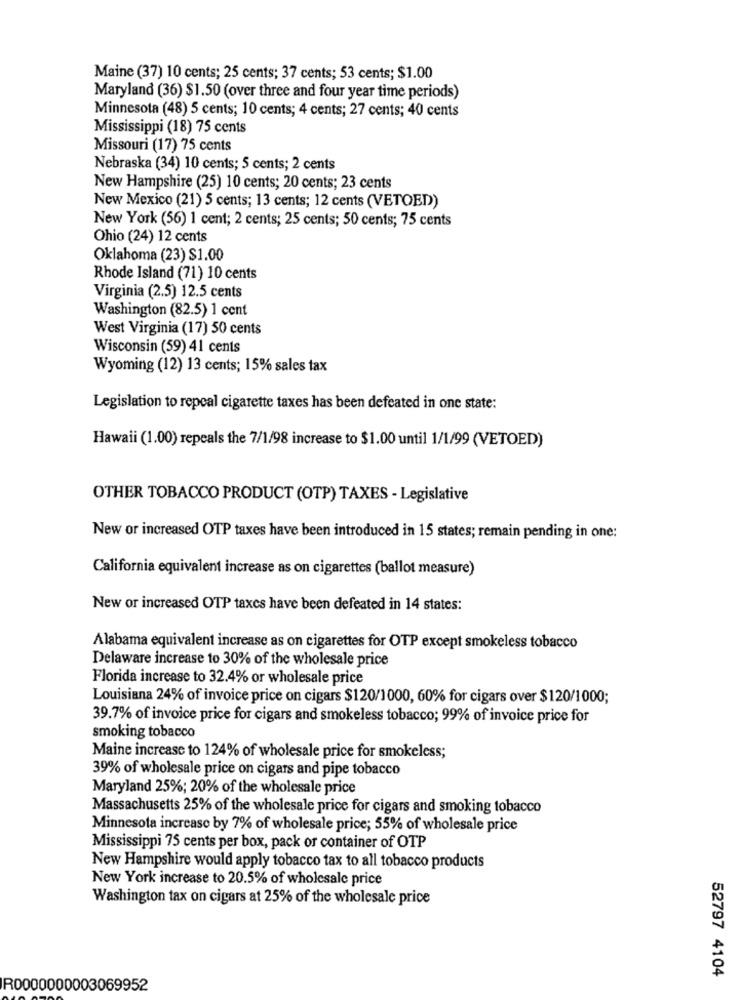
Maine (37) 10 cents; 25 cents; 37 cents; 53 cents; $1.00
Maryland (36) $1.50 (over three and four year time periods)
Minnesota (48) 5 cents; 10 cents; 4 cents; 27 cents; 40 cents
Mississippi (18) 75 cents
Missouri (17) 75 cents
Nebraska (34) 10 cents; 5 cents; 2 cents
New Hampshire (25) 10 cents; 20 cents; 23 cents
New Mexico (21) 5 cents; 13 cents; 12 cents (VETOED)
New York (56) 1 cent; 2 cents; 25 cents; 50 cents; 75 cents
Ohio (24) 12 cents
Oklahoma (23) $1.00
Rhode Island (71) 10 cents
Virginia (2.5) 12.5 cents
Washington (82.5) 1 cent
West Virginia (17) 50 cents
Wisconsin (59) 41 cents
Wyoming (12) 13 cents; 15% sales tax
Legislation to repeal cigarette taxes has been defeated in one state:
Hawaii (1.00) repeals the 7/1/98 increase to $1.00 until 1/1/99 (VETOED)
OTHER TOBACCO PRODUCT (OTP) TAXES - Legislative
New or increased OTP taxes have been introduced in 15 states; remain pending in one:
California equivalent increase as on cigarettes (ballot measure)
New or increased OTP taxes have been defeated in 14 states:
Alabama equivalent increase as on cigarettes for OTP except smokeless tobacco
Delaware increase to 30% of the wholesale price
Florida increase to 32.4% or wholesale price
Louisiana 24% of invoice price on cigars $120/1000, 60% for cigars over $120/1000;
39.7% of invoice price for cigars and smokeless tobacco; 99% of invoice price for
smoking tobacco
Maine increase to 124% of wholesale price for smokeless;
39% of wholesale price on cigars and pipe tobacco
Maryland 25%; 20% of the wholesale price
Massachusetts 25% of the wholesale price for cigars and smoking tobacco
Minnesota increase by 7% of wholesale price; 55% of wholesale price
Mississippi 75 cents per box, pack or container of OTP
New Hampshire would apply tobacco tax to all tobacco products
New York increase to 20.5% of wholesale price
Washington tax on cigars at 25% of the wholesale price
52797 4104
R0000000003069952